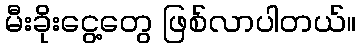
မီးခိုးငွေ့တွေ ဖြစ်လာပါတယ်။